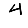
Digit: 4